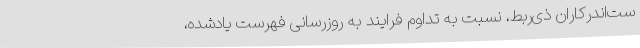
ست‌اندرکاران ذی‌ربط، نسبت به تداوم فرایند به روزرسانی فهرست یادشده،